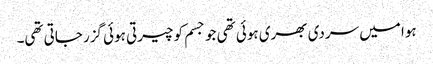
ہوا میں سردی بھری ہوئی تھی جو جسم کو چیرتی ہوئی گزر جاتی تھی۔